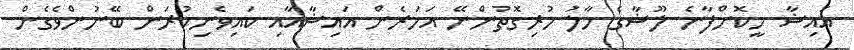
އައިޝާ ހީކޮށްފާނެ ލޫޝާގެ ހާލު ހުރިގޮތުންނޭ އަހަރެން އައިޝާއާއި ކައިވެނިކުރަން ބޭނުންވެގެން